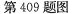
第409题图